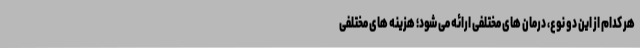
هر کدام از این دو نوع، درمان های مختلفی ارائه می شود؛ هزینه های مختلفی